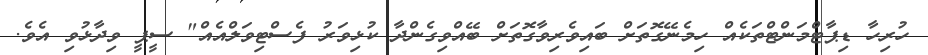
ހުރިހާ ޑިޕާޓްމަންޓްތަކެއް ހިމެނޭގޮތަށް ބައިވެރިވާގޮތަށް ބޭއްވިގެންދާ ކުޅިވަރު ފެސްޓިވަލްއެއް" ސީޕީ ވިދާޅުވި އެވެ.